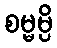
စမ္မမ္ပိ